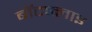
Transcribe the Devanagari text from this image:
बॉटफ्लाइ